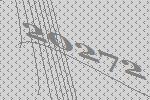
20272